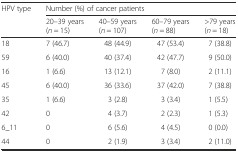
<table><thead><tr><td rowspan="2"><b>HPV type</b></td><td colspan="4"><b>Number (%) of cancer patients</b></td></tr><tr><td><b>20–39 years (<i>n</i> = 15)</b></td><td><b>40–59 years (<i>n</i> = 107)</b></td><td><b>60–79 years (<i>n</i> = 88)</b></td><td><b>&gt;79 years (<i>n</i> = 18)</b></td></tr></thead><tbody><tr><td>18</td><td>7 (46.7)</td><td>48 (44.9)</td><td>47 (53.4)</td><td>7 (38.8)</td></tr><tr><td>59</td><td>6 (40.0)</td><td>40 (37.4)</td><td>42 (47.7)</td><td>9 (50.0)</td></tr><tr><td>16</td><td>1 (6.6)</td><td>13 (12.1)</td><td>7 (8.0)</td><td>2 (11.1)</td></tr><tr><td>45</td><td>6 (40.0)</td><td>36 (33.6)</td><td>37 (42.0)</td><td>7 (38.8)</td></tr><tr><td>35</td><td>1 (6.6)</td><td>3 (2.8)</td><td>3 (3.4)</td><td>1 (5.5)</td></tr><tr><td>42</td><td>0</td><td>4 (3.7)</td><td>2 (2.3)</td><td>1 (5.3)</td></tr><tr><td>6_11</td><td>0</td><td>6 (5.6)</td><td>4 (4.5)</td><td>0 (0.0)</td></tr><tr><td>44</td><td>0</td><td>2 (1.9)</td><td>3 (3.4)</td><td>2 (11.0)</td></tr></tbody></table>